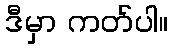
ဒီမှာ ကတ်ပါ။